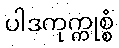
ပါဒကုက္ကုစ္စံ